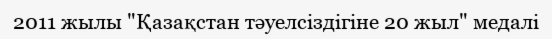
2011 жылы "Қазақстан тәуелсіздігіне 20 жыл" медалі